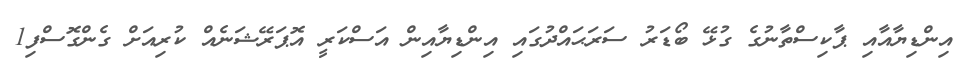
އިންޑިޔާއާއި ޕާކިސްތާނުގެ ގުޅޭ ބޯޑަރު ސަރަޙައްދުގައި އިންޑިޔާއިން އަސްކަރީ އޮޕަރޭޝަނެއް ކުރިއަށް ގެންގޮސްފި1